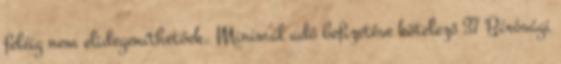
feléig nem elidegeníthetőek. Minimál adó befizetése kötelező 37 Bírósági